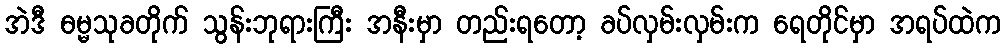
အဲဒီ ဓမ္မသုခတိုက် သွန်းဘုရားကြီး အနီးမှာ တည်းရတော့ ခပ်လှမ်းလှမ်းက ရေတိုင်မှာ အရပ်ထဲက